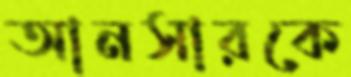
আনসারকে